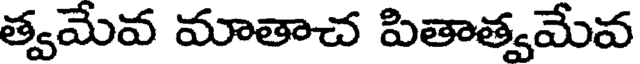
త్వమేవ మాతాచ పితాత్వమేవ